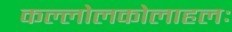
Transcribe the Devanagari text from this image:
कल्लोलकोलाहलः